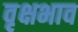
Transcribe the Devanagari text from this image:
वृक्षभाव